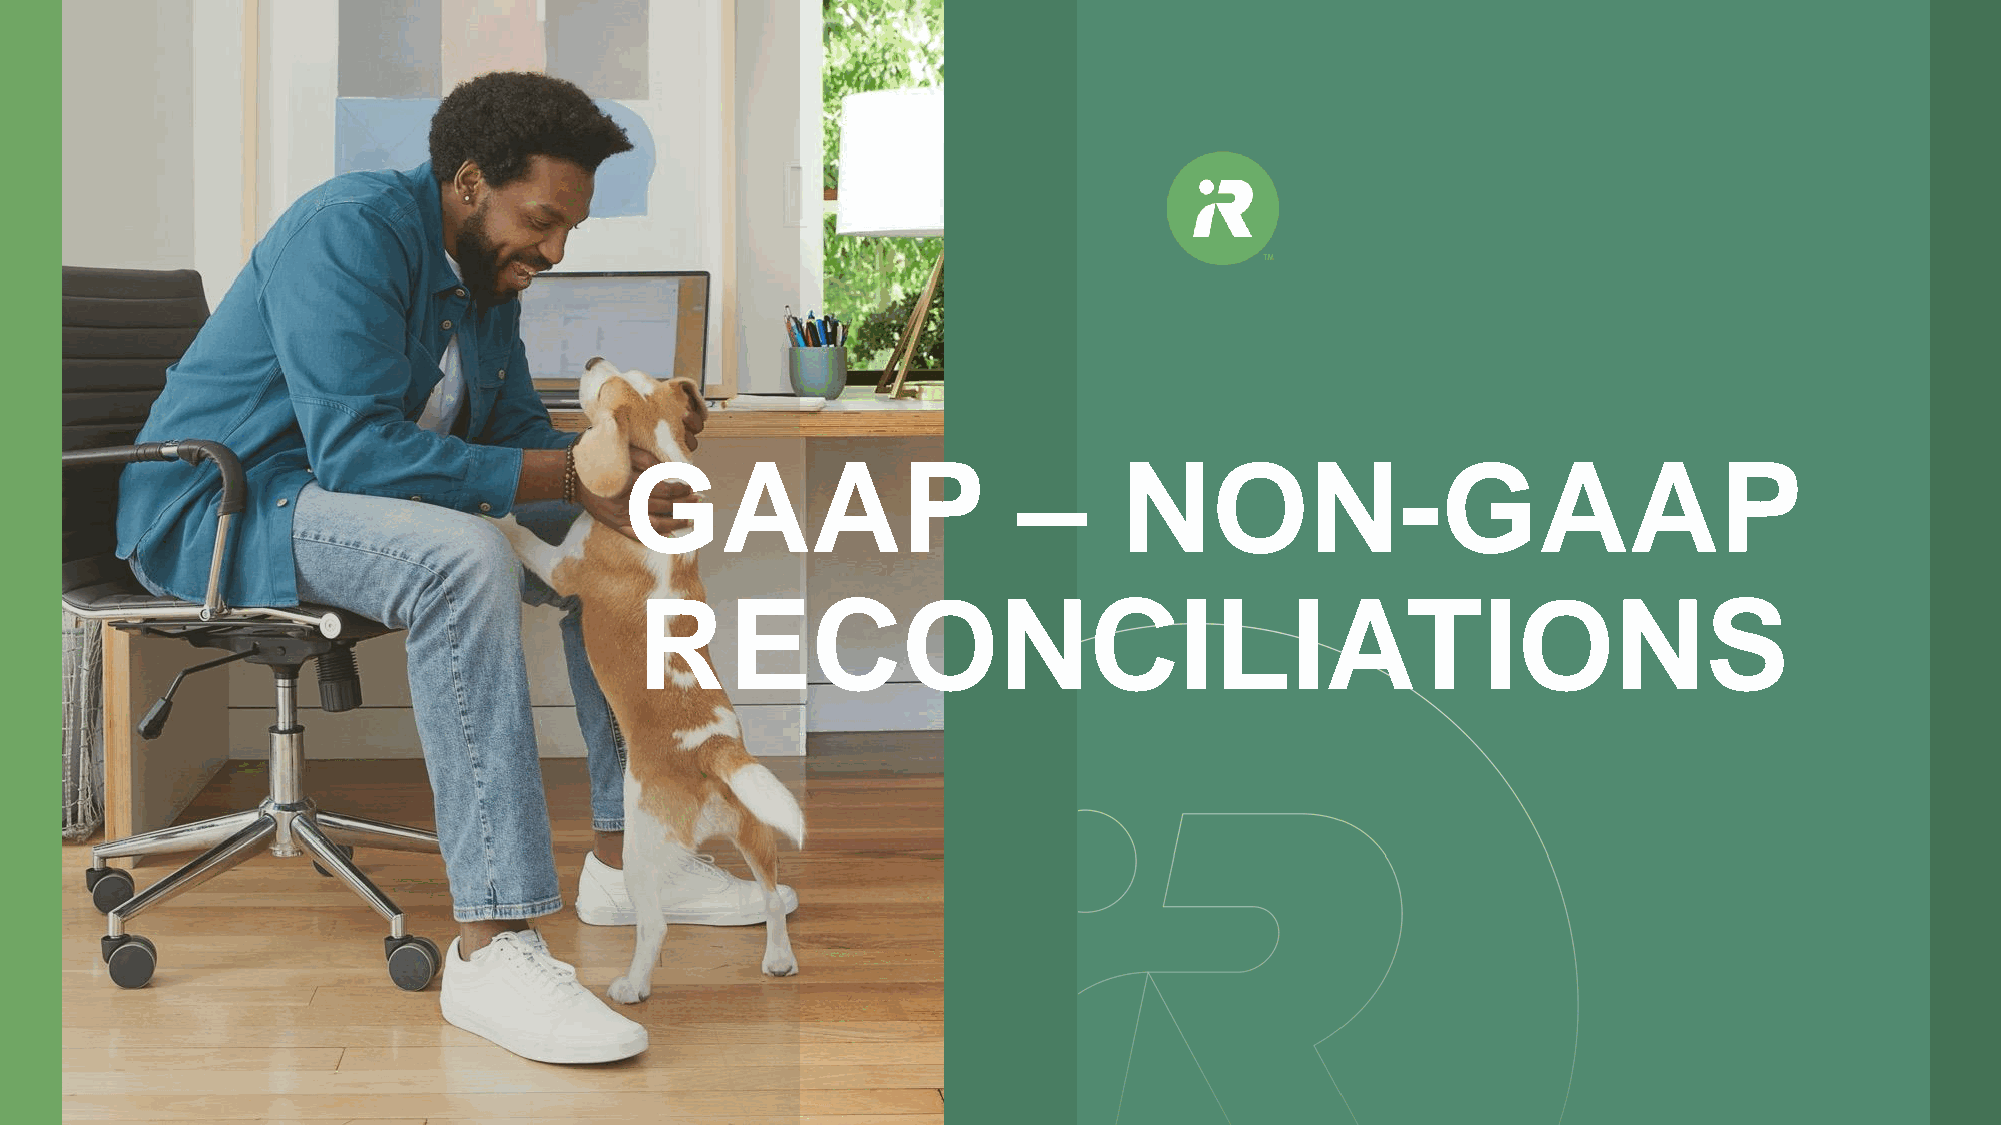
GAAP                      –      NON-GAAP
 RECONCILIATIONS